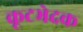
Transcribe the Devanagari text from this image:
कूटभेदक